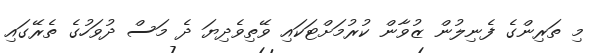
މި ތަރިންގެ ފެނިލުން ޒުވާން ކުރުމަށްޓަކައި ވޭތިވެދިޔަ ދެ މަސް ދުވަހުގެ ތެރޭގައި